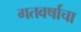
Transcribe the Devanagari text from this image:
गतवर्षाचा